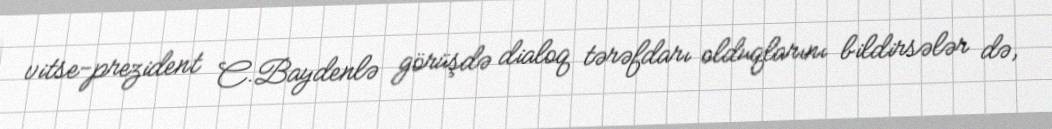
vitse-prezident C.Baydenlə görüşdə dialoq tərəfdarı olduqlarını bildirsələr də,